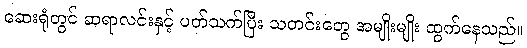
ဆေးရုံတွင် ဆရာလင်းနှင့် ပတ်သက်ပြီး သတင်းတွေ အမျိုးမျိုး ထွက်နေသည်။